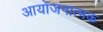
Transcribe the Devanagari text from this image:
आयोजनात्मक